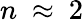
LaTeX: n\ \approx\ 2